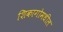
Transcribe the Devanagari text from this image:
शिकागोमधील